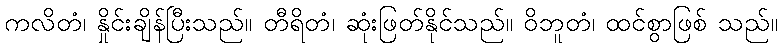
ကလိတံ၊ နှိုင်းချိန်ပြီးသည်။ တီရိတံ၊ ဆုံးဖြတ်နိုင်သည်။ ဝိဘူတံ၊ ထင်စွာဖြစ် သည်။